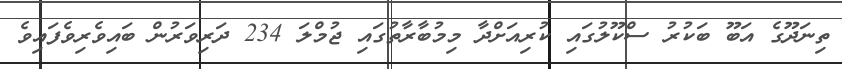
ތިނަދޫގެ އަބޫ ބަކުރު ސްކޫލުގައި ކުރިއަށްދާ މިމުބާރާތުގައި ޖުމްލަ 234 ދަރިވަރުން ބައިވެރިވެފައިވެ